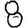
Digit: 8